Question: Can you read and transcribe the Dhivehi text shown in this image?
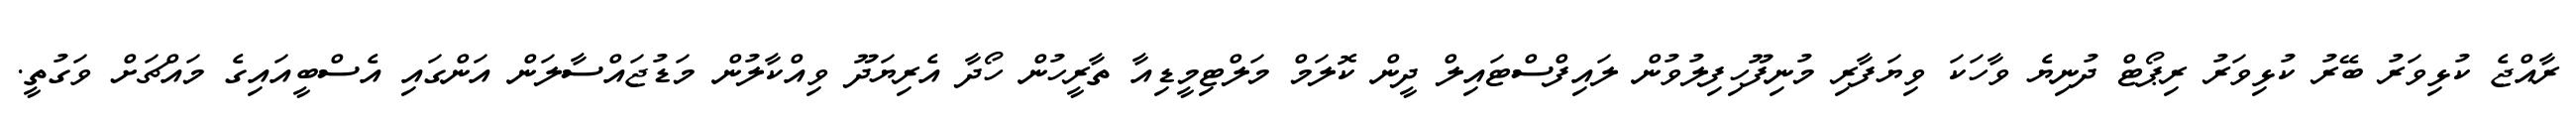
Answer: ރާއްޖެ ކުޅިވަރު ބޭރު ކުޅިވަރު ރިޕޯޓް ދުނިޔެ ވާހަކަ ވިޔަފާރި މުނިފޫހިފިލުވުން ލައިފްސްޓައިލް ދީން ކޮލަމް މަލްޓިމީޑިއާ ތާރީހުން ހޯދާ އެރިޔަދޫ ވިއްކާލުން މަޑުޖައްސާލަން އަންގައި އެސްބީއައިގެ މައްޗަށް ވަގުތީ.